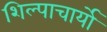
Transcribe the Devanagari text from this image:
शिल्पाचार्यो